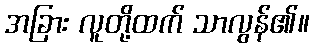
အခြား လူတို့ထက် သာလွန်၏။